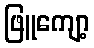
ဖြူကျော့